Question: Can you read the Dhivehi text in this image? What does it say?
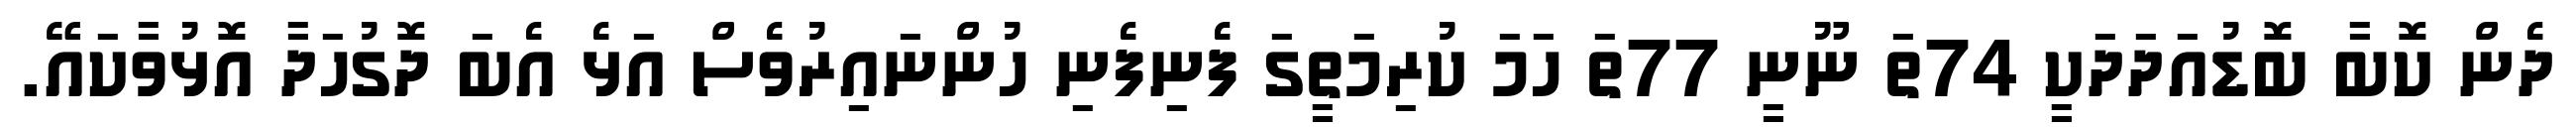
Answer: ދެން ކޮބާ ބޮޑުއަދަދަކީ 74ތަ ނޫނީ 77ތަ ހަމަ ކުރިމަތީގަ ފެނިފެނި ހުންނައިރުވެސް އަޅެ އެބަ ދޮގުހަދާ އޮޅުވާކައޭ.